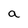
Character: a